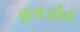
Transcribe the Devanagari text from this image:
बुलाओंगे